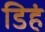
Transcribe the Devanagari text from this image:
डिहं